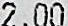
2.00